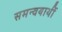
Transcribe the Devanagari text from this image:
समन्वयार्थी